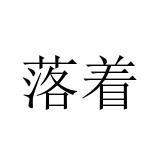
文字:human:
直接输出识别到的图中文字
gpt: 落着